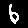
Digit: 6